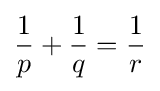
{\frac {1}{p}}+{\frac {1}{q}}={\frac {1}{r}}